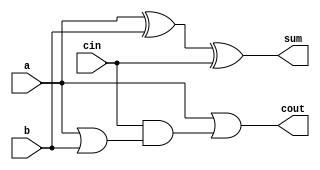
module incorr_full_adder(a,b,cin,sum,cout);
input a,b,cin;
output sum,cout;
assign sum = a^b^cin;
assign cout = a&1'b1|cin&(a|b); 
// initial begin
//     $display("The incorrect adder with and0 having in2/1");
// end   
endmodule